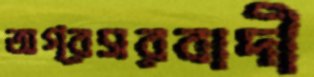
অগ্রসরবাদী